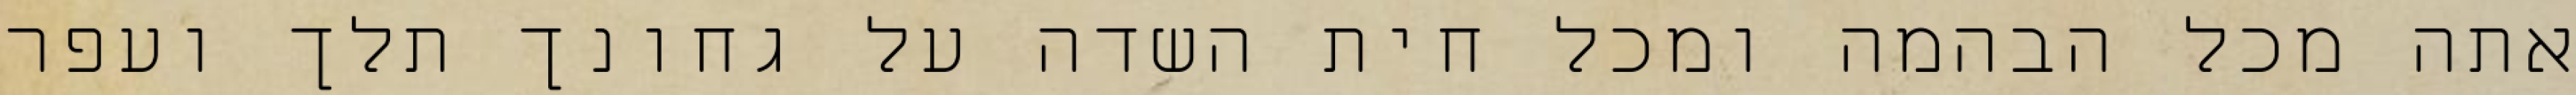
אתה מכל הבהמה ומכל חית השדה על גחונך תלך ועפר